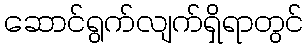
ဆောင်ရွက်လျက်ရှိရာတွင်